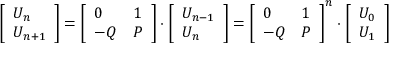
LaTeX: { \left[ \begin{array} { l } { U _ { n } } \\ { U _ { n + 1 } } \end{array} \right] } = { \left[ \begin{array} { l l } { 0 } & { 1 } \\ { - Q } & { P } \end{array} \right] } \cdot { \left[ \begin{array} { l } { U _ { n - 1 } } \\ { U _ { n } } \end{array} \right] } = { \left[ \begin{array} { l l } { 0 } & { 1 } \\ { - Q } & { P } \end{array} \right] } ^ { n } \cdot { \left[ \begin{array} { l } { U _ { 0 } } \\ { U _ { 1 } } \end{array} \right] }